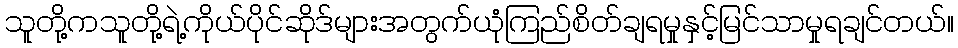
သူတို့ကသူတို့ရဲ့ကိုယ်ပိုင်ဆိုဒ်များအတွက်ယုံကြည်စိတ်ချရမှုနှင့်မြင်သာမှုရချင်တယ်။